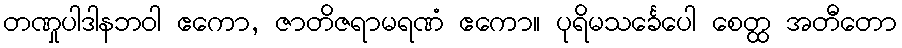
တဏှုပါဒါနဘဝါ ဧကော, ဇာတိဇရာမရဏံ ဧကော။ ပုရိမသင်္ခေပေါ စေတ္ထ အတီတော